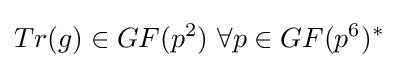
Tr(g)\in GF(p^{2})\ \forall p\in GF(p^{6})^{*}